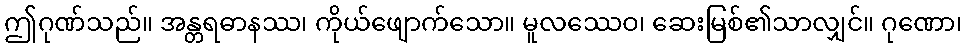
ဤဂုဏ်သည်။ အန္တရဓာနဿ၊ ကိုယ်ဖျောက်သော။ မူလဿေဝ၊ ဆေးမြစ်၏သာလျှင်။ ဂုဏော၊